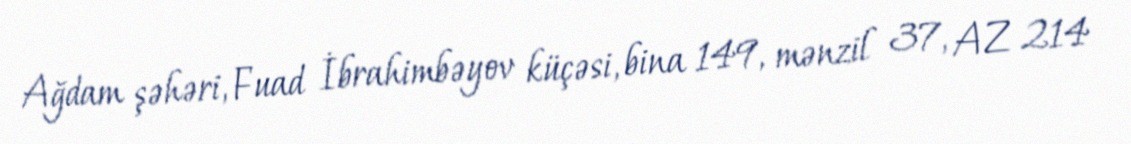
Ağdam şəhəri, Fuad İbrahimbəyov küçəsi, bina 149, mənzil 37, AZ 214